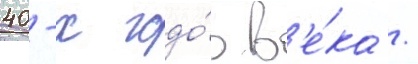
40-х годо́в в'е́ка /